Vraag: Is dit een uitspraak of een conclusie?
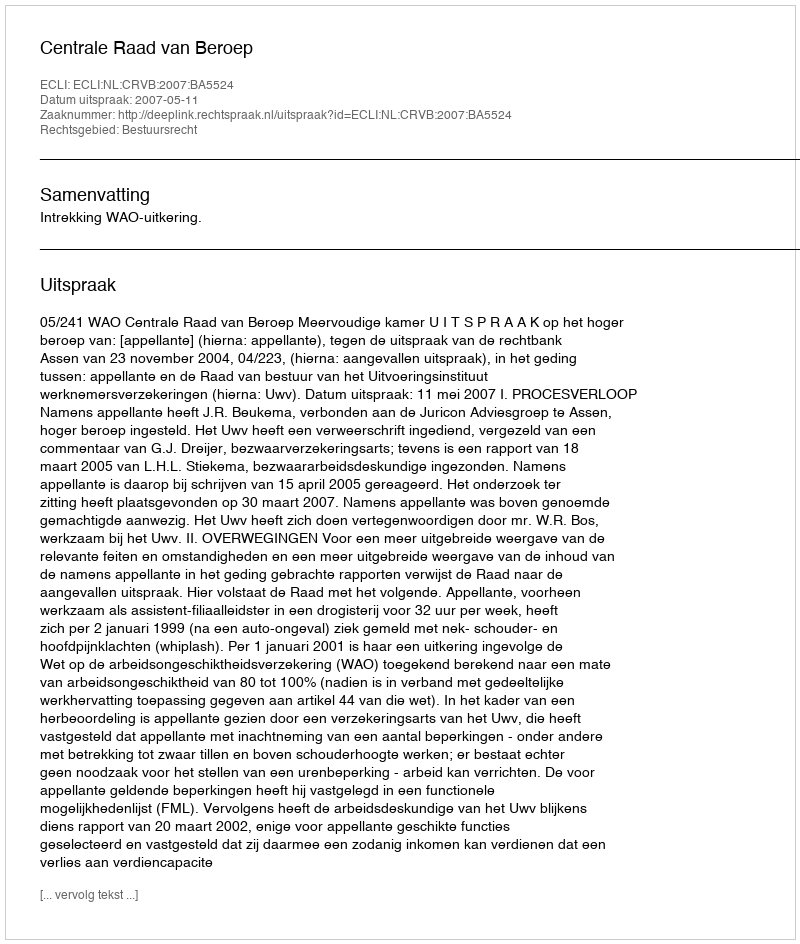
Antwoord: Uitspraak